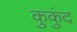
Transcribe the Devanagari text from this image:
कुकुंद